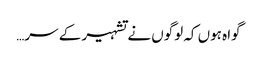
گواہ ہوں کہ لوگوں نے تشہیر کے سر…